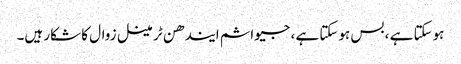
ہوسکتا ہے ، بس ہوسکتا ہے ، جیواشم ایندھن ٹرمینل زوال کا شکار ہیں۔